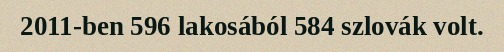
2011-ben 596 lakosából 584 szlovák volt.